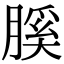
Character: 膎